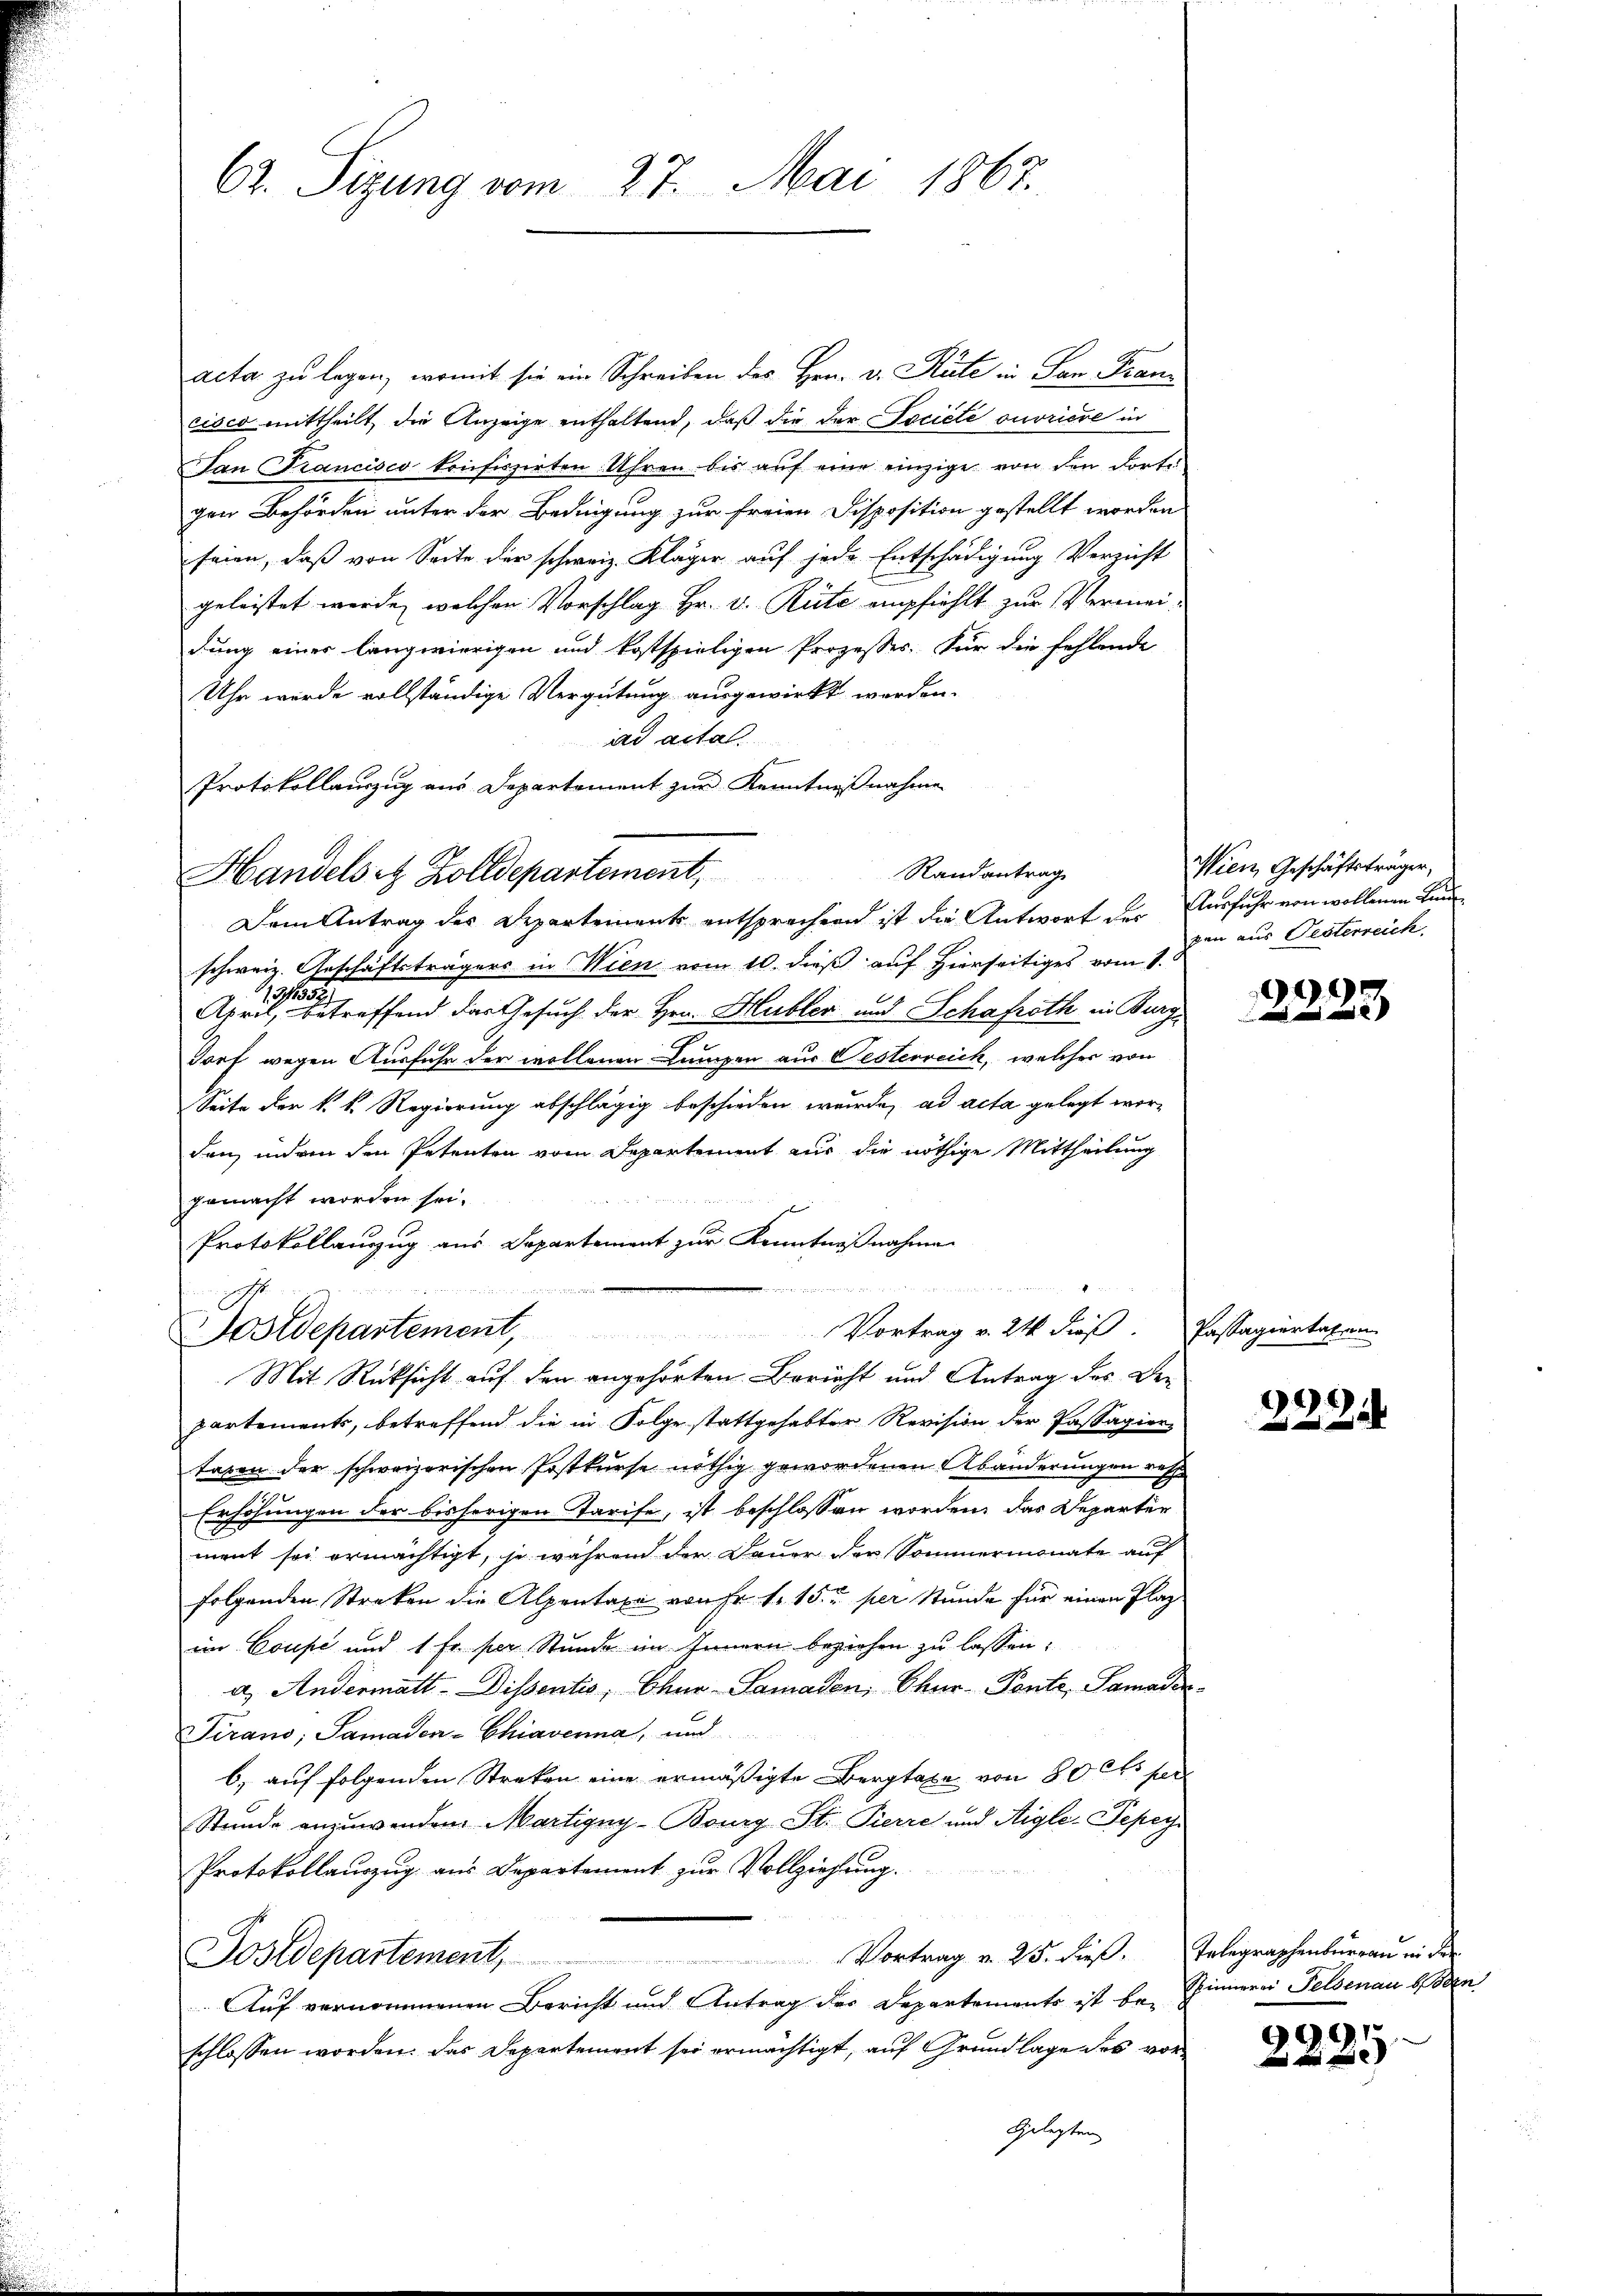
62. Sizung vom 27. Mai 1867.

acta zu legen, womit sie ein Schreiben des Hrn. v. Rate in San Franz
cisco mittheilt, die Anzeige enthaltend, daß die der Société ouvriere in
San Francisco konfiszirten Uhren bis auf eine einzige von den dorte
gen Behörden unter der Bedingung zur freien Disposition gestellt worden
feien, daß von Seite der schweiz. Kläger auf jede Entschädigung Verzicht
geleistet werde, welchen Vorschlag Hr. v. Rüte empfiehlt zur Vermeidung einer langwierigen und kostspieligen Prozesser. Für die fehlende
Uhr wurde vollständige Vergütung ausgewirkt worden.
ad acta.
Protokollauszug aus Departement zur Kenntnißnahme

Handelst Zolldepartement,

schweiz. Geschäftsträgers in Wien vom 10. dieß auf Hierseitiges vom 1.
112
April, betreffend das Gesuch der Hrn. Hubler und Schafroth in Burge
dorf wegen Ausfuhr der wollenen Lumpen aus Oesterreich, welcher von
Seite der k. k. Regierung abschlägig beschieden wurde, ad acta gelegt worden, indem den Petenten vom Departement aus die nöthige Mittheilung
gemacht worden sei.
Protokollauszug aus Departement zur Kenntnißnahmen
partements, betreffend die in Folge stattgehabter Revision der Passagiertaxen der schweizerischen Postkurse nöthig gewordenen Abänderungen res
Erhöhungen der bisherigen Tarife, ist beschlossen worden, das Departer
ment sei ermächtigt, je während der Dauer der Sommermonate auf
folgenden Streken die Alpentaxe von Fr. 1. 15. u. per Stunde für einen Plaz
im Coupé und 1 Fr. per Stunde im Innern beziehen zu lassen:
a. Andermatt-Dissentis, Ohne Samaden, Chur-Ponte, Samarer
Tirano, Samaden-Chiaverna, und
b) auf folgenden Streken eine ermäßigte Bergtaxe von 80 l. per
Stunde anzuwenden Martigny-Bourg St. Pierre und Aigle-Pepey
Protokollauszug aus Departement zur Vollziehung.
Vortrag v. 25. dieß. Telegraphenbureau in der
Sostdepartement,
Auf vernommenen Bericht und Antrag des Departements ist be-
schlossen worden. Das Departement sei ermächtigt, auf Grundlage des vor¬
Gelegten

Randantrag
Dem Antrag des Departements entsprechend ist die Antwort der Ausfuhr von wollenen Lau

einen und
Vortrag v. 21 dieß. Passagiertation
Postdepartement,
Mit Rücksicht auf den angehörten Bericht und Antrag des Be¬

Wien, Geschäftsträger,
pen aus Pesterreich.

9

3224

Spinnerei Feldenau ben

999